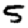
Digit: 5